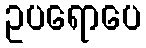
ဥပရောပေ